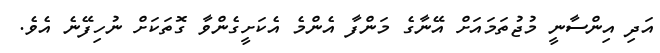
އަދި އިންސާނީ މުޖުތަމައަށް އޭނާގެ މަންފާ އެންމެ އެކަށީގެންވާ ގޮތަކަށް ނުހިފޭނެ އެވެ.